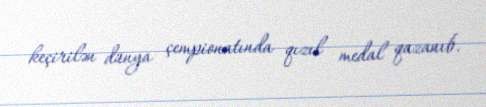
keçirilən dünya çempionatında qızıl medal qazanıb.